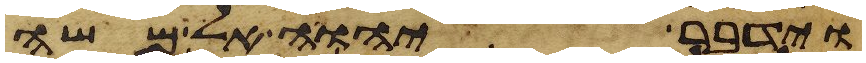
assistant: וידבר יהוה אל משה